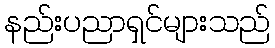
နည်းပညာရှင်များသည်